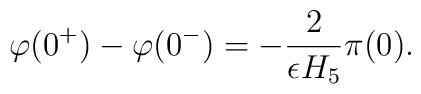
\varphi(0^+)-\varphi(0^-) = -{2 \over \epsilon H_5} \pi(0).